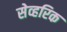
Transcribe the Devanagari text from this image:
सेव्हरिक